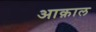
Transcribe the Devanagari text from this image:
आक़ाल